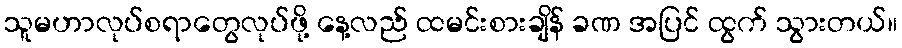
သူမဟာလုပ်စရာတွေလုပ်ဖို့ နေ့လည် ထမင်းစားချိန် ခဏ အပြင် ထွက် သွားတယ်။